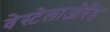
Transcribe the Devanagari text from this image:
वेस्टेलाओवेंड